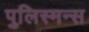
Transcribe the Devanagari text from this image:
पुलिस्मन्स